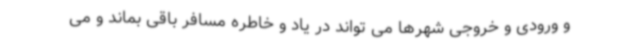
و ورودی و خروجی شهرها می تواند در یاد و خاطره مسافر باقی بماند و می